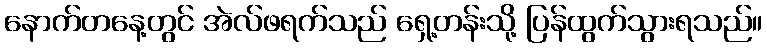
နောက်တနေ့တွင် အဲလ်ဖရက်သည် ရှေ့တန်းသို့ ပြန်ထွက်သွားရသည်။